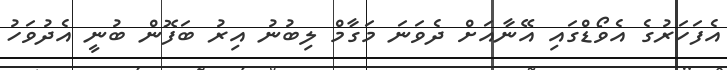
އެފަހަރުގެ އެވޯޑްގައި އޭނާއަށް ދެވަނަ މަގާމް ލިބުނު އިރު ބަފޮން ބުނީ އެދުވަހު